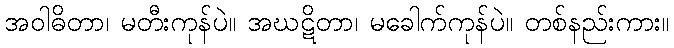
အဝါဓိတာ၊ မတီးကုန်ပဲ။ အဃဋိတာ၊ မခေါက်ကုန်ပဲ။ တစ်နည်းကား။